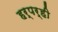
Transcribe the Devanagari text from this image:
हर्पर्ही